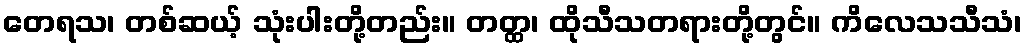
တေရသ၊ တစ်ဆယ့် သုံးပါးတို့တည်း။ တတ္ထ၊ ထိုသီသတရားတို့တွင်။ ကိလေသသီသံ၊